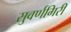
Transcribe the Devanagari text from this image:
सुवर्णगिरी